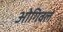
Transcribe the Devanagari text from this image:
ओगिवल